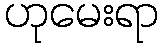
ဟုမေးရာ